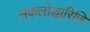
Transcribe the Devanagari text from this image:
सकलोद्धारिणि